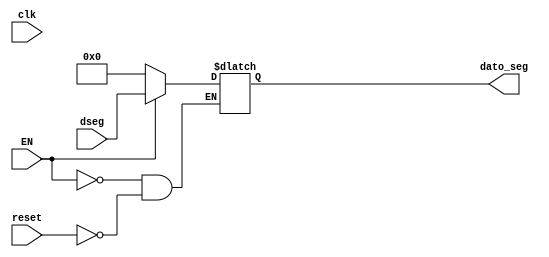
`timescale 1ns / 1ps
//////////////////////////////////////////////////////////////////////////////////
// Company: 
// Engineer: 
// 
// Design Name: 
// Module Name:    seg_reg 
// Project Name: 
// Target Devices: 
// Tool versions: 
// Description: 
//
// Dependencies: 
//
// Revision: 
// Revision 0.01 - File Created
// Additional Comments: 
//
//////////////////////////////////////////////////////////////////////////////////
module seg_reg(
input wire clk,reset,
input wire [7:0] dseg,
input wire EN,
output reg [7:0]dato_seg
    );
initial begin 

dato_seg=8'b0;

end

always@* begin     //posiblemente tengamos que cambiar a @*
if (reset)
dato_seg<=0;
if(EN==1)
dato_seg<=dseg;
end
endmodule